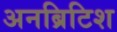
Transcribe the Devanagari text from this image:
अनब्रिटिश